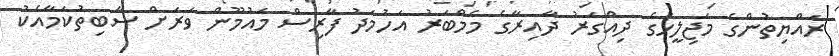
ރައްޔިތުންގެ މަޖިލީހުގެ ދިއްގަރު ދާއިރާގެ މެމްބަރު އަހުމަދު ފާރިސް މައުމޫން ވަރަށް ސާބިތުކަމާއެކު